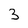
Character: 3